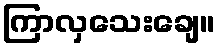
ကြာလှသေးချေ။